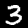
Digit: 3